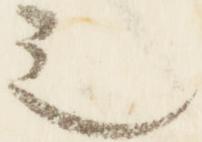
之